Calcutta medical institutions reports 1871-78
Year: 1871
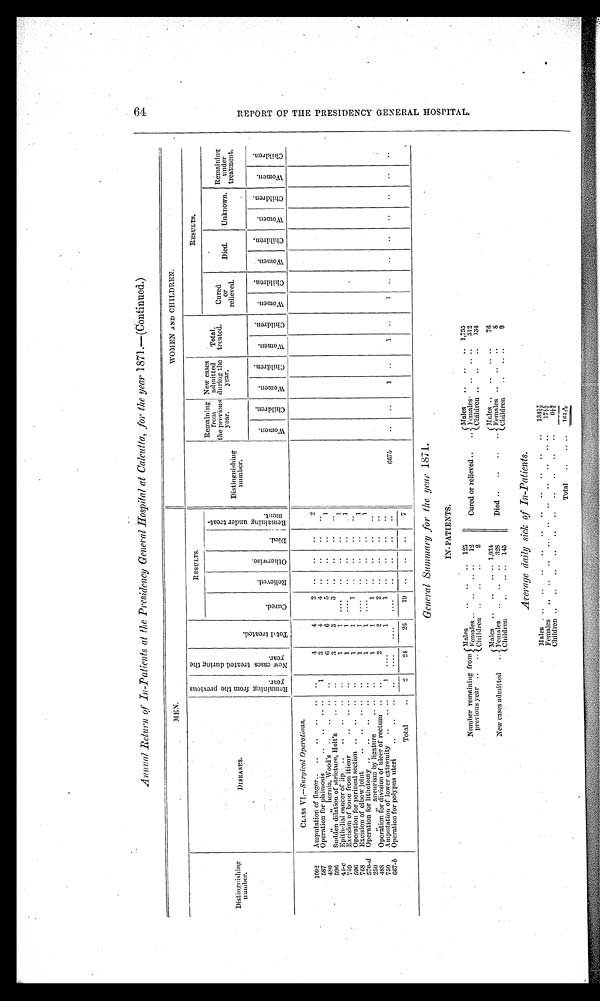
Annual Return of In-Patients at the Presidency General Hospital at Calcutta, for the year 1871.—(Continued.)
MEN.
WOMEN AND CHILDREN.
_____
Distinguishing
number.
D I S E A S E S .
.
R e m a i n i n g f r o m t h e p r e v i o u s y e a r .
N e w c a s e s t r e a t e d d u r i n g t h e y e a r .
T o t a l t r e a t e d .
RESULTS.
RESULTS.
—
c u r e d .
R e l i e v e d .
O t h e r w i s e .
D i e d .
R e m a i n i n g u n d e r t t r e a t m e n t .
Distinguishing
number.
Remaining
from
the previous
year.
New cases
admitted
during the
year.
Total.
treated.
Cured
or
relieved.
Died.
Unknown.
Remaining u n d e r
treatment.
W o m e n .
C h i l d r e n .
W o m e n . C h i l d r e n .
W o m e n .
C h i l d r e n .
W o m e n .
C h i l d r e n .
W o m e n .
C h i l d r e n . Wome n.
C h i l d r e n .
W o m e n .
C h i l d r e n .
CLASS VI.—Surgical Operations.
1092
Amputation of finger.. .. .. .. ..
..
4
4
2
. .
. .
. .
2
587
Operation for phimosis
.. ..
.. ..
1
3
4
4
. .
. .
. .
. .
480
„ „ hernia, Wood's ..
..
.. ..
6
6
5
. .
. .
. .
1
596
Sudden dilation of stricture, Holt's .. .. ..
3
3
3
. .
. .
. .
. .
41-c
E p i t h e l i a l c a n c e r o f l i p . . . . . . . .
. .
1
1
. . . .
. .
. .
. .
1
759
Excision of bone from itieur .. .. .. ..
1
1
. . . .
. .
. .
. .
1
596
Operation for perineal section .. .. ..
. .
1
1
1
. .
. .
. .
. .
768
Excision of elbow joint .. .. .. .. ..
1
1
. . . .
. .
. .
. .
1
570-d Operation for lithotomy ..
..
..
.. ..
1
1
. . . .
. .
. .
. .
1
250
„
,, aneurism by ligature
.. .. ..
1
1
1
. .
. .
. .
..
488
Operation for division of ulcer of rectum ..
..
2
2
2
. .
. .
. .
. .
759
Amputation of lower extremity .. .. ..
1
. . . .
1
1
. .
. .
. .
. .
667-b Operation for polypus uteri .. .. .. ..
. . . .
....
. . . .
. .
. . ..
..
6 6 7
b
. .
. . 1 ..
1 .. 1
. .
. .
. . ..
. .
. .
. .
Total
. .
2
2 4
2 6
19 ..
..
..
7
General Summary for the year 1871.
IN-PATIENTS.
Number remaining from
previous year .. ..
Males
. . . . . .
125
Males
..
. .
..
1,755
Females . . . . . . . . ..
12
Cured or relieved . .
. . Females . .
..
.. .. 312
Children
. . . .
..
2
Children . . . . . .
.. 134
New cases admitted ..
Males .. . . . . . . .. .. 1,934,
Males .. . . . . . . . ..
76
Females .. . .
.. 328
Died ..
..
..
.. Females .. . .
..
..
8
..Children
. . . . . . .. . . 145
Children . . . . . . . . . . . . . . .. ..
9
Average daily sick of In-Patients.
Males
. . . ..
..
..
..
..
..
..
..
..
134.17/12
Females
..
..
..
..
..
..
..
..
1 7 . 1 6 / 1 2
Children ..
..
..
..
..
..
..
..
..
..
6 . 1 9 / 1 2
Total
.. .. ..
1 6 1 . 3 / 1 2
R E P O R T O F T H E P R E S I D E N C Y G E N E R A L H O S P I T A L .